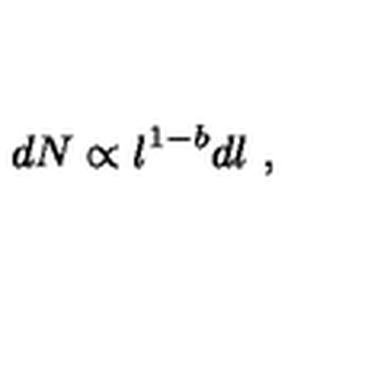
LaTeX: d N \propto l ^ { 1 - b } d l \mathrm { \ } ,